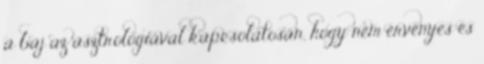
a baj az asztrológiával kapcsolatosan, hogy nem érvényes és